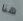
هنا